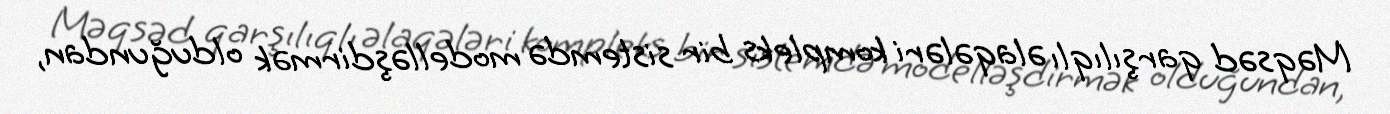
Məqsəd qarşılıqlı əlaqələri kompleks bir sistemdə modelləşdirmək olduğundan,